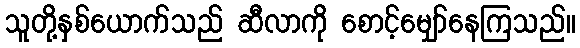
သူတို့နှစ်ယောက်သည် ဆီလာကို စောင့်မျှော်နေကြသည်။